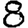
Digit: 8